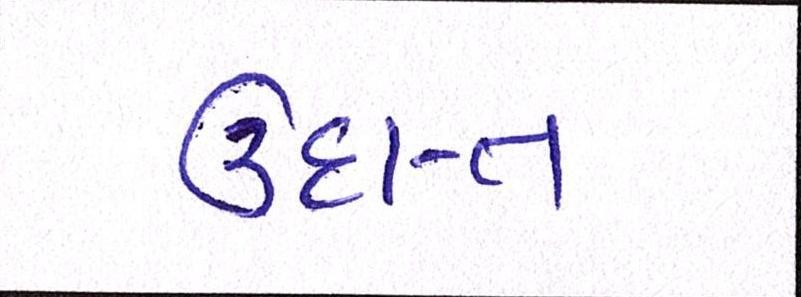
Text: ઉદાત્ત